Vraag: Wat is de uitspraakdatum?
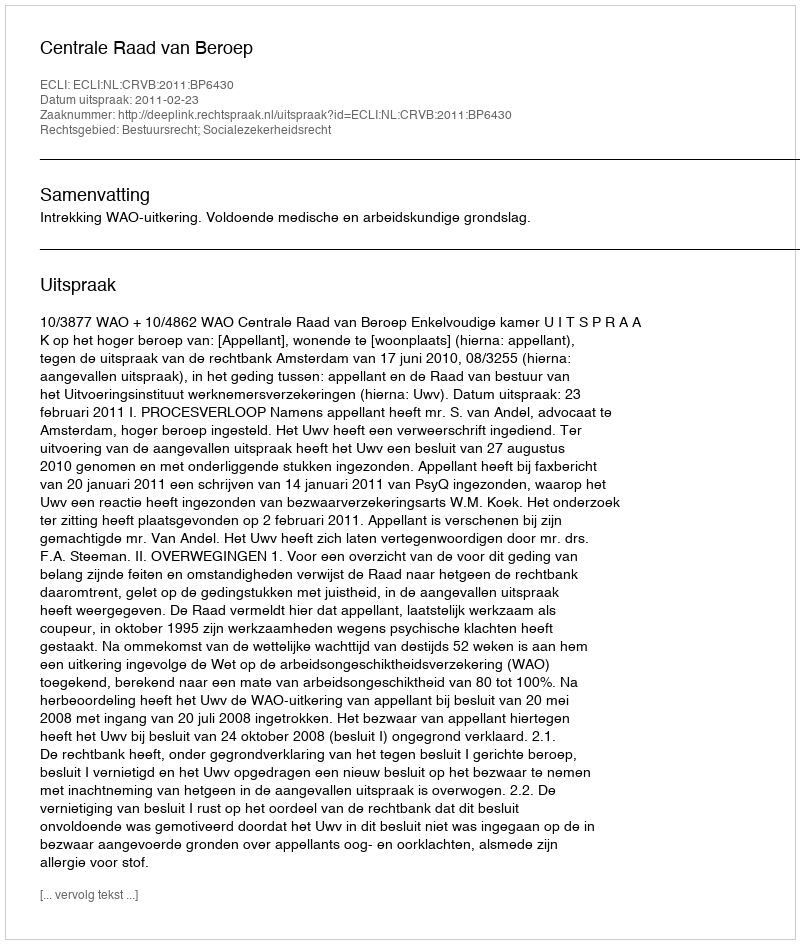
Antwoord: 2011-02-23